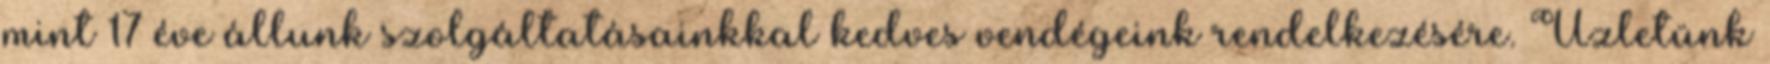
mint 17 éve állunk szolgáltatásainkkal kedves vendégeink rendelkezésére. Üzletünk